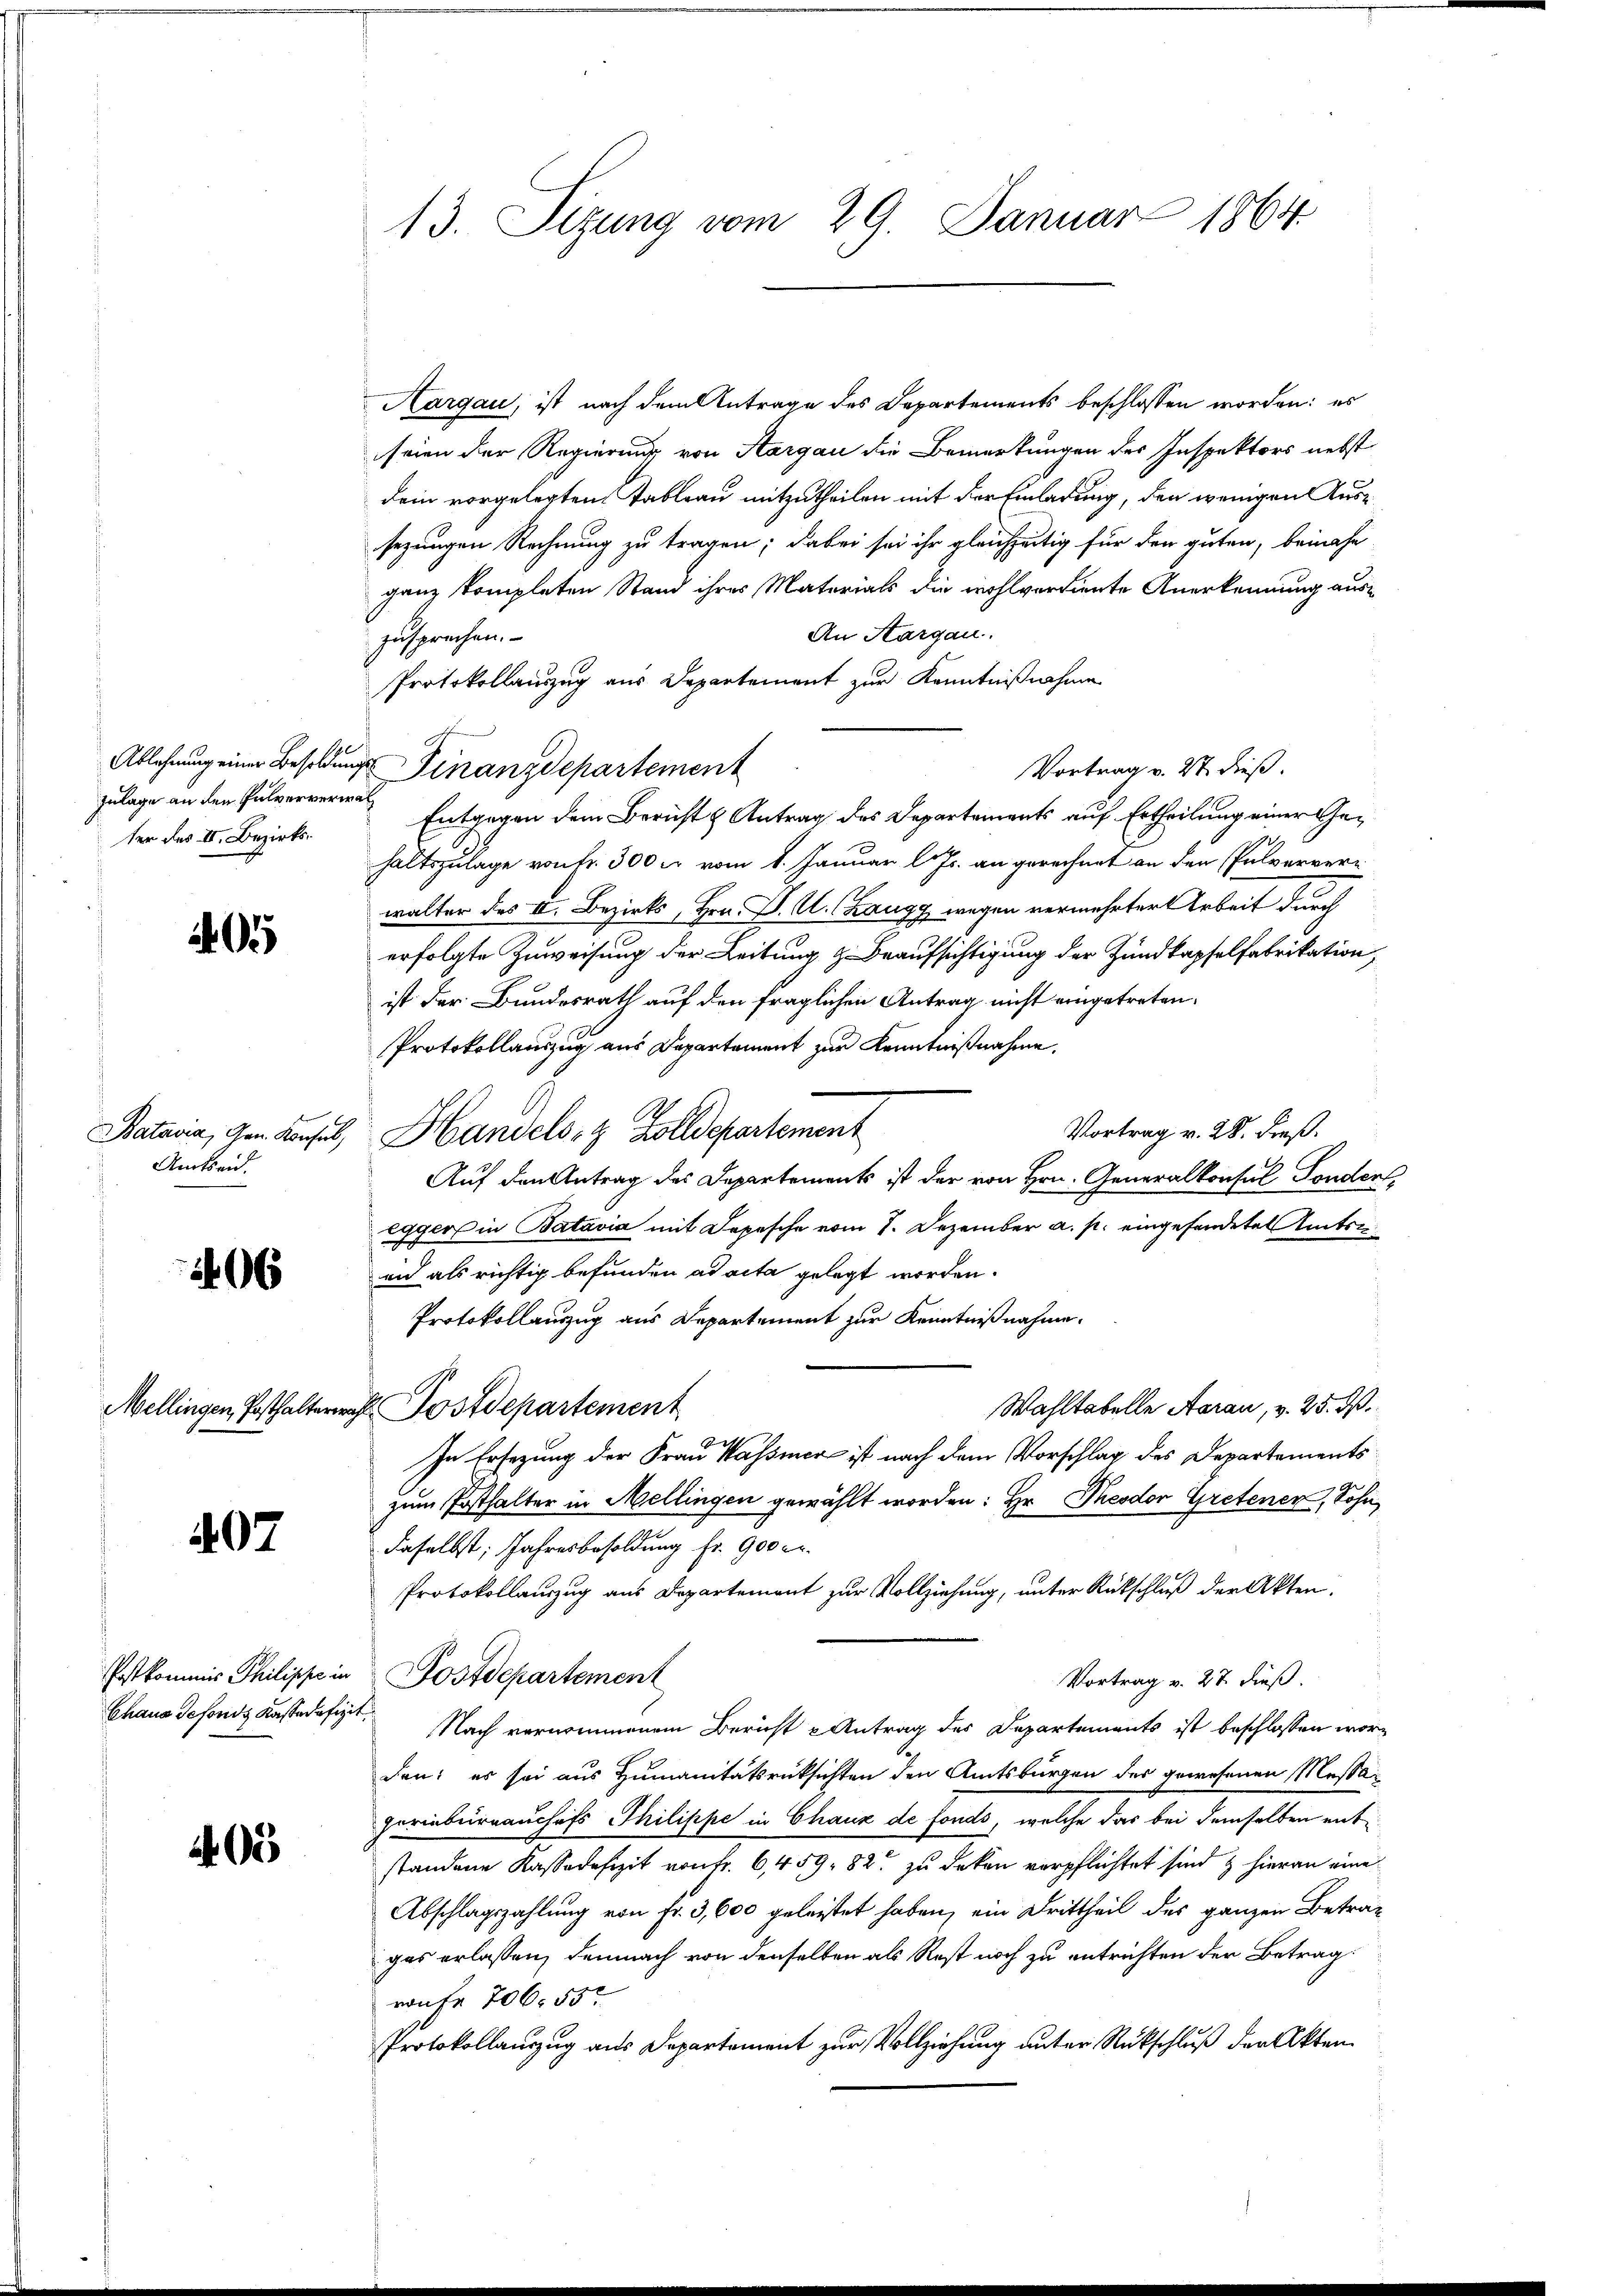
ter des II. Bezirks¬

Batavia, Gen. Konsul
Amtseid.

06

Mellingen Posthaltern.

407

Chaus defonds Kassadefizit

405

13. Sizung vom 29. Januar 1864

Aargau, ist nach dem Antrage des Departements beschlossen worden: es
seien der Regierung von Aargau die Bemerkungen des Inspektors nebst
Dein vorgelegten Tableau mitzutheilen mit der Einladung, den wenigen Aussezungen Rechnung zu tragen; dabei sei ihr gleichzeitig für den guten, beinahe
ganz kompleten Stand ihres Materials die wohlverdiente Anerkennung aus¬
An Aargau.
zusprechen.
Protokollauszug aus Departement zur Kenntnißnahme
Vortrag v. 27. dieß.
zulage an den Pulverwere Entangen dem Bericht & Antrag des Departements auf Ertheilung einer Gehaltszulage von fr. 300 c. vom 8. Januar l. Js. an gerechnet an den Pulververwalter des I. Bezirks, Hrn. P. U. (Zaugg, wegen vermehrter Arbeit durch
erfolgte Zuweisung der Leitung & Beaufsichtigung der Hundkapfelfabrikation
ist der Bundesrath auf den fraglichen Antrag nicht eingetreten.
Protokollauszug aus Departement zur Kenntnißnahme,
Vortrag v. 28. Freß.
"Handels- & Zolldepartement
Auf den Antrag des Departements ist der von Hrn. Generalkonsul Sonder,
egger in Batavia mit Depesche vom 7. Dezember a. p. eingefandeten Antri
un als richtig befunden ad acta gelegt worden.
Protokollauszug aus Departement zur Kenntnißnahme.
Wahltabelle Aarau, v. 25. dß.
rft. Postdepartement

In Ersezung der Frau Wassenen ist nach dem Vorschlag des Departements
zum Posthalter in Mellingen gewählt worden: Hr. Theodor Gretener, Sohn,
daselbst, Jahresbesoldung fr. 900 er
Protokollauszug aus Departement zur Vollziehung, unter Rückschluß der Akten.
Pstkommis Philippe in Postdepartement
Vortrag v. 27. dieß.
Nach vernommenem Bericht Antrag des Departements ist beschlossen worden; es sei aus Humanitätsrücksichten den Amtsburgen der gewesenen Massa
periebernauchofs Thilippe in Chaux de fonds, welche das bei demselben entstandene Kassadefizit von Fr. 6, 459. 82 zu deken verpflichtet sind & hieran eine
Abschlagszahlung von Fr. 3,600 geleistet haben, ein Drittheil des ganzen Betrag
gas erlassen, demnach von denselben als Rest noch zu entrichten der Betrag
raufe 706. 55
Protokollauzug aus Departement zur Vollziehung unter Rückschluß der Akten

f
Ablehnung einer Besoldungs Finanzdepartement